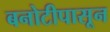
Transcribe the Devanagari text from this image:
बनोटीपासून